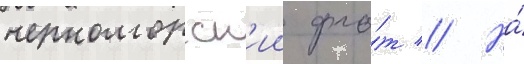
черноморск'ии фло́т // На́